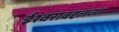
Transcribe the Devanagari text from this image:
ईश्वराबद्दलच्या